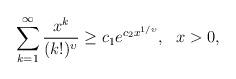
LaTeX: \begin{align*}\sum_{k=1}^\infty \frac{x^k}{(k!)^\upsilon}\geq c_1 e^{ c_2x^{1/\upsilon}}, \ \ x>0,\end{align*}